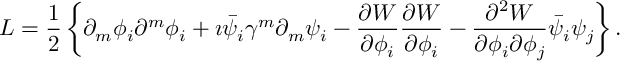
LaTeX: { \cal L } = \frac { 1 } { 2 } \left\{ \partial _ { m } \phi _ { i } \partial ^ { m } \phi _ { i } + \imath \bar { \psi } _ { i } \gamma ^ { m } \partial _ { m } \psi _ { i } - \frac { \partial { \cal W } } { \partial \phi _ { i } } \frac { \partial { \cal W } } { \partial \phi _ { i } } - \frac { \partial ^ { 2 } { \cal W } } { \partial \phi _ { i } \partial \phi _ { j } } \bar { \psi } _ { i } \psi _ { j } \right\} .